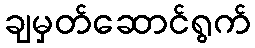
ချမှတ်ဆောင်ရွက်